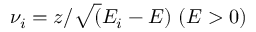
\nu _ { i } = z / \sqrt ( E _ { i } - E ) \ ( E > 0 )